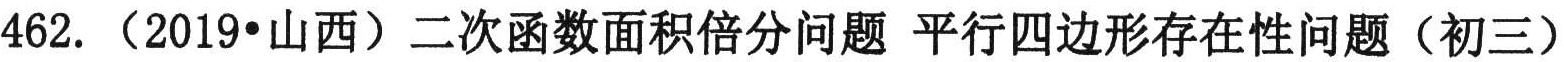
462. （2019•山西）二次函数面积倍分问题 平行四边形存在性问题（初三）